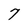
Character: 7